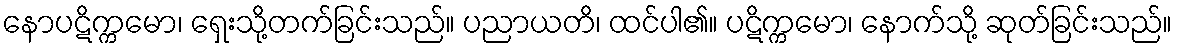
နောပဋိက္ကမော၊ ရှေးသို့တက်ခြင်းသည်။ ပညာယတိ၊ ထင်ပါ၏။ ပဋိက္ကမော၊ နောက်သို့ ဆုတ်ခြင်းသည်။